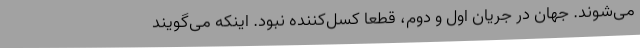
می‌شوند. جهان در جریان اول و دوم، قطعا کسل‌کننده نبود. اینکه می‌گویند